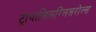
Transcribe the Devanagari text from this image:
ट्रायासिलग्लिसरोल्स